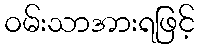
ဝမ်းသာအားရဖြင့်